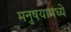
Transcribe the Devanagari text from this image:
मनुषयामध्ये